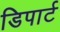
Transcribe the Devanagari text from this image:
डिपार्ट